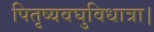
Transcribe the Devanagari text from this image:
पितृष्यवघुविधात्रा।